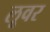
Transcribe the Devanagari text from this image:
लूवर